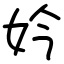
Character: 妗